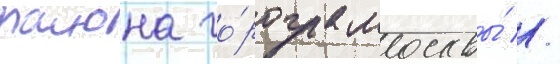
раиона го́рода москвы́ //